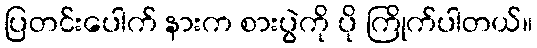
ပြတင်းပေါက် နားက စားပွဲကို ပို ကြိုက်ပါတယ်။